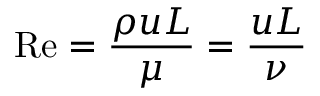
\mathrm { R e } = { \frac { \rho u L } { \mu } } = { \frac { u L } { \nu } }